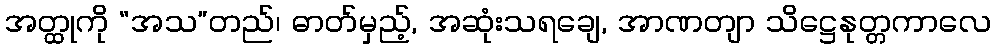
အတ္ထုကို “အသ”တည်၊ ဓာတ်မှည့်, အဆုံးသရချေ, အာဏတျာ သိဋ္ဌေနုတ္တကာလေ